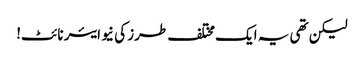
لیکن تھی یہ ایک مختلف طرز کی نیو ایئر نائٹ!